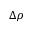
\Delta \rho